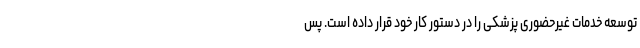
توسعه خدمات غیرحضوری پزشکی را در دستور کار خود قرار داده‌ است. پس